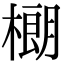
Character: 樃